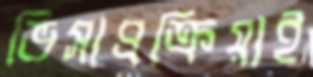
ভিসাপ্রক্রিয়াই